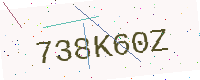
Text: 738K60Z